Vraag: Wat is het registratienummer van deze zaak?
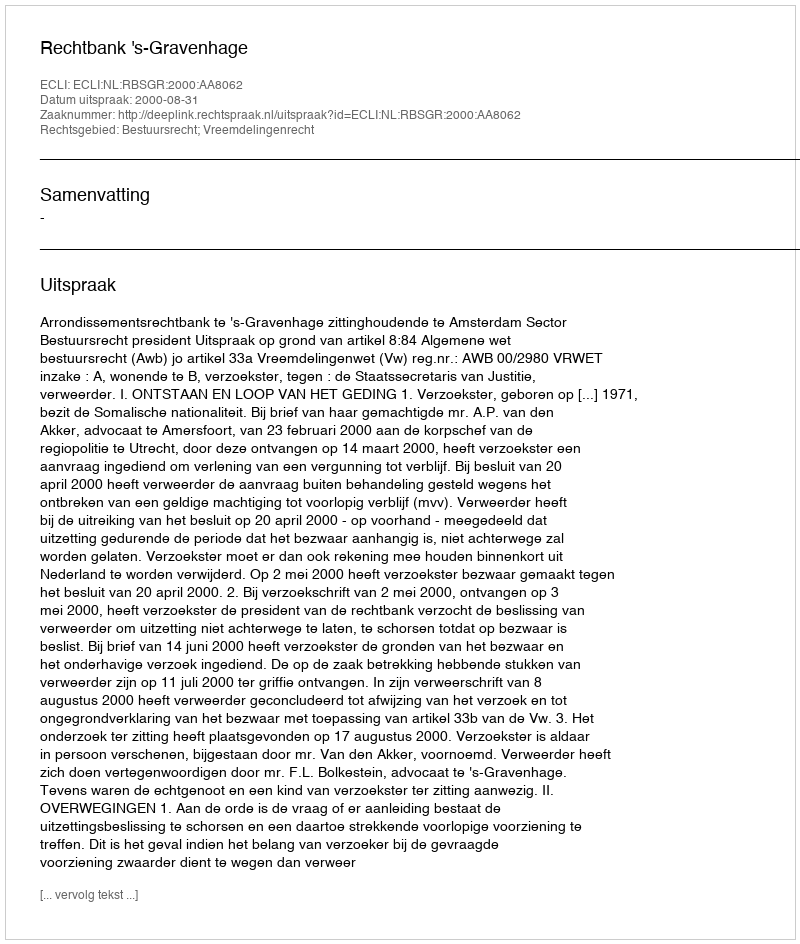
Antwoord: http://deeplink.rechtspraak.nl/uitspraak?id=ECLI:NL:RBSGR:2000:AA8062